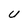
Character: U